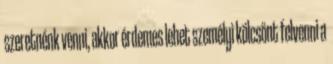
szeretnénk venni, akkor érdemes lehet személyi kölcsönt felvenni a